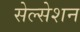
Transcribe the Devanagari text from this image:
सेल्सेशन